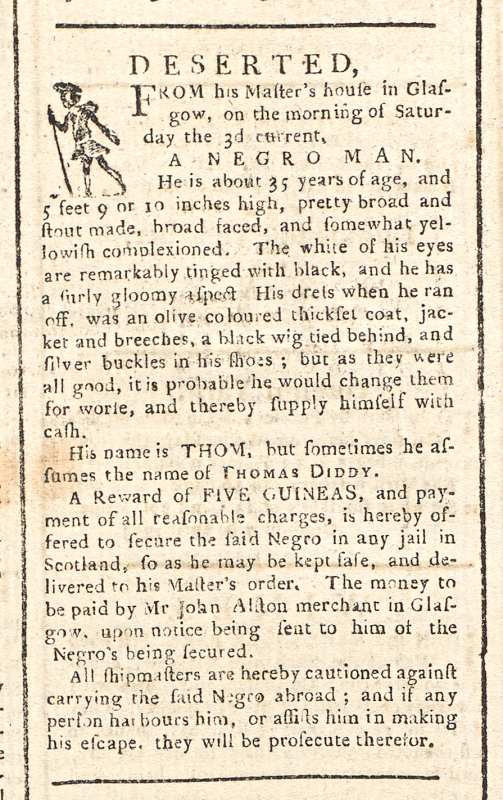
Glasgow Journal, 8 April 1773 (Scotland)
DESERTED, From his Master’s house in Glasgow, on the morning of Saturday the 3d current,   A NEGRO MAN.He is about 35 years of age, and 5 feet 9 or 10 inches high, pretty broad and stout made, broad faced, and somewhat yellowish complexioned. The white of his eyes are remarkably tinged with black, and he has a surly gloomy aspect. His dress when he ran off, was an olive coloured thickset coat, jacket and breeches, a black wig tied behind, and silver buckles in his shoes; but as they were all good, it is probable he would change them for worse, and thereby supply himself with cash.  His name is THOM, but sometimes he assumes the name of THOMAS DIDDY.  A Reward of FIVE GUINEAS, and payment of all reasonable charges, is hereby offered to secure the said Negro in any jail in Scotland, so as he may be kept safe, and delivered to his Master’s order. The money to be paid by Mr John Alston merchant in Glasgow, upon notice being sent to him of the Negro’s being secured. All shipmasters are hereby cautioned against carrying the said Negro abroad; and if any person harbours him, or assists him in making his escape, they will be prosecute therefor.